Reports on military cantonments and civil stations in the Presidency of Bombay inspected by the Sanitary Commissioner in the years 1875 and 1876
Year: 1875
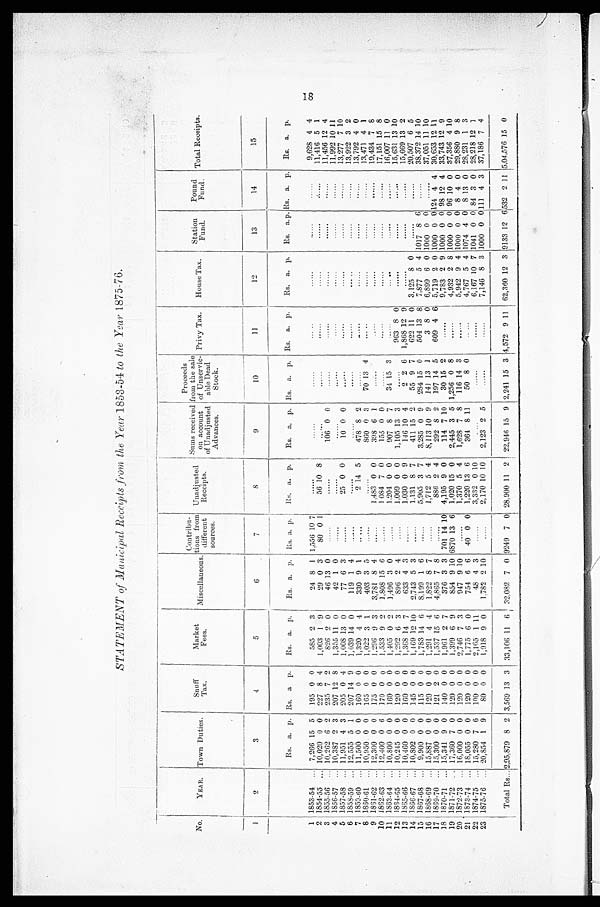
STATEMENT Manicipal Receipts from the Year 1853-54 to the Year 1875-76.
No.
YEAR. Town Duties
Snuff T a x .
Market
Fees.
Miscellaneous.
Contribu-
tions from
different
sources.
Unadjusted
Receipts.
Sums receive
d on account
of Unadjusted
Advances.
Proceeds
f r om t he s a l e
of Unservic-
able Dead
Stock.
Privy Tax.
House Tax.
Station
Fund.
Poun d
Fund. Total Receipts.
1
2
3
4
5
6
7
8
9
10
11
12
13
14
15
Rs. a. p. Rs. a p.
Rs. a. p.
Rs. a. p. Rs. a. p.
Rs. a. p.
Rs. a. p. Rs. a. p. Rs. a. p.
Rs. a. p. Rs. a.p. Rs. a. p. Rs. a. p.
1 1853-54 ... 7,266 15 5
195 0 0
585 2 3
24 8 1 1,556 10 7
. . . . . .
. . . . . .
......
. . . . . .
. . . . . .
. . . . . .
. . . . . .
9,628 4 4
2 1854-55 ... 10,020 0 0 227 8 4
1,003 1 9
29 0 3
80 0 1
56 10 8 ...... ......
. . . . . .
. . . . . .
. . . . . .
. . . . . . 11,416 5 1
3 1855-56 ... 10,262 6 2 235 7 2
826 2 0
46 13 0
......
......
106 0 0
......
. . . . . .
. . . . . .
. . . . . .
. . . . . . 11,456 12 4
4 1856-57 ... 10,387 2 3
207 12 8
1,355 11 0
42 1
......
......
......
. . . . . .
.....
. . . . . .
. . . . . .
. . . . . .
11,992 10 11
5 1857-58 ... 11,951 4 3
205 0 4
1,008 13 0
77 6 3
......
25 0 0
10 0 0
. . . . . .
. . . . . .
. . . . . .
. . . . . .
. . . . . .
13,277 7 10
6 1858-59 ... 12,555 5 1
207 14 9
1,039 14 0
119 1 4
...... ...... ...... ...... ...... ...... ...... ......
13,922 3 2
7 1859-60 ... 11,500 0 0
160 0 0
1,320 4 4
330 9 1
.....
2 14 5
478 8 2
......
......
......
......
......
13,792
4
0
8 1860-61 ... 10,950 0 0
165 0 0
1,022 3 1
403 3 5
......
......
860 0 3
70 13 4
...... ...... ...... ......
13,471 4
1
9 1861-62 ... 12,300 0 0
175 0 0
1,296
9 3
3.781 8 4
......
1,483 0 0
398 6 1
......
. . . . . .
......
......
. . . . . .
19,431 7 8
10 1862-63 ... 12,400 0 6
170 0 0
1,533 9 2
1,808 15 6
......
1.084 7 0
155 0 0
...... ...... ...... ......
......
17,151 15 8
11 1863-64 ... 10,800 0 0
160 0 0
1,405 0 2
1,496 3 0
......
1.204 0 0
907
8 7
34 15 3
......
......
......
......
16,007 11 0
12 1864-65 ... 10,245 0 0
120 0 0
1,292 6 3
8 9 6 2 4
.....
1.009 0 0
1,105 13 3
.....
963 8 0
...... ...... ......
15,631 13 10
13 1865-66 ... 10,460 0 0
160 0 0
1,368 14 7
633 4 3
......
1.030 0 9
116 10 4
2 2 6 1,868 12 9
...... ...... ......
15,669 13 2
14 1866-67 ... 10,802 0 0
145 0 0
1,169 19 10
2,743 5 3
......
1,131 8 7
411 15 2
55 9 7
622 11 0 3,125 8 0
......
......
20,507 6 5
15 1867-68 ... 9,900 0 0
115 0 0
1,783 14 6
8.199 1 6
......
5,905 3 7
3.285 0 9
284 15 0
504 13 8 7,877 5 4 1017 8 6
......
38,372 14 10
16 1868-69 ... 15,887 0 0
120 0 0
1,291 4 4
1,822 8 7
......
1,712 5 4
8,113 10 9
141 13 1
3
8 0 6,899 6 0 1000 0 0
......
37,051 11 10
17 1869-70 ... 15,300 0 0
121 2 0
1,537 15 6
4,865 7 8
. . . . . .
886 2 4
292 8 2
197 14 5
609 4 6 5,719 2 0 1000 0 0 124 4 4 30,653 12 11
18 1870-71 ... 15,341 9 0
140 0 0
1,901 2 7
376 3 3
7 0 1 14 10 4,195 9 0
114 7 10
30 15 2
......
9,783 2 9 1000 0 0 98 12 4 33,743 12 9
19 1871-72 ... 17,360 7 0
120 0 0
1,399 6 9
854 9 10 6870 13 6 1,020 15 0
2,445 3 5 1,256 0 8
...... 4,932 2 8 1000 0 0 96 10 0 37,356 4 10
20 1872.73 ... 16,000 0 0
120 0 0
2,746 7 3
947 9 10
......
1,370 5 4
1,628 7 8
116 14 3
...... 5,942 9 4 1000 0 0 8 4 0 29,880 9 8
21 1873-74 ... 18,055 0 0
120 0 0
1,775 6 0
754 6 6
40 0 0 1,220 13 6
364 8 11
50 8 0
. . . . . .
4,767 5 4 1074 4 0 8 13 0 28,231 1 3
22 1874-75... 15,280 7 6
100 0 0
2,165 1 11
48 4 3
......
3,332 0 10
......
......
6,167 10 7 1041 0 0 84 3 0 28,218 12 1
23 1875-76 ... 20,854 1 9
8 0 0 0
1,918 9 0
1.782 2 10
.....
2,170 10 10
2,123 2 5
. . . . . .
. . . . . . 7,146 8 3 1000 0 0 111 4 3 37,186 7 4
Total Rs... 2,95,879 8 2 3,569 13 3 33,106 11 6 32,082 7 0 9249 7 0 28,900 11 2 22,946 15 9 2,241 15 3 4,572 9
1 1 62,360 12 3 9133 12 6 532 2 11 5,04,576 15 0
18